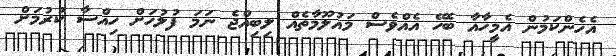
އެހެންކަމުން އެމީހާއާ ބެހޭ އެއްވެސް މައުލޫމާތެއް ލިބިއްޖެ ނަމަ ފުލުހަށް ހިއްސާ ކުރުމަށް